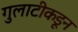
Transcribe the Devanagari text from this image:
गुलाटीकडून